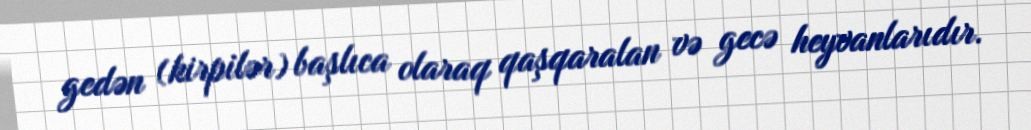
gedən (kirpilər) başlıca olaraq qaşqaralan və gecə heyvanlarıdır.